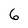
Character: 6